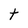
Character: t